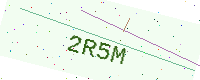
Text: 2R5M